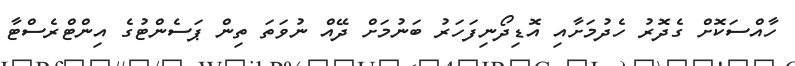
ހާއްސަކޮށް ގެދޮރު ހެދުމަށާއި އޮޑިދޯނިފަހަރު ބަނުމަށް ދޭއް ނުވަތަ ތިން ޕަސެންޓުގެ އިންޓްރެސްޓާ